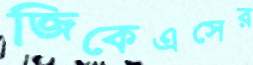
জিকেএসের